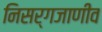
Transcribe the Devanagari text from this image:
निसर्गजाणीव